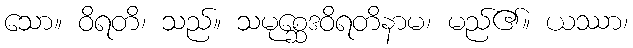
သော။ ဝိရတိ၊ သည်။ သမုစ္ဆေဒဝိရတိနာမ၊ မည်၏။ ယဿာ၊